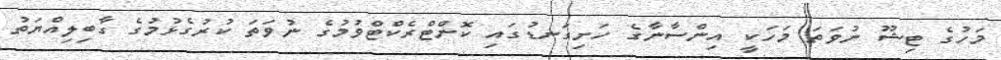
މަހުގެ ޓިޝޫ ނުވަތަ މަހަކީ އިންސާނާގެ ހަށިގަނޑުގައި ކޮންޓްރެކްޓްވުމުގެ ނުވަތަ ކުރުގެޅުމުގެ ގާބިލިއްޔަތު